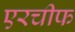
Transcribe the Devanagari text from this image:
एरचीफ